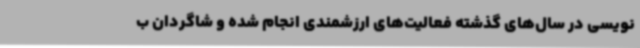
‌نویسی در سال‌های گذشته فعالیت‌های ارزشمندی انجام شده و شاگردان ب